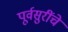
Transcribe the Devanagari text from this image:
पूर्वसुरींचे